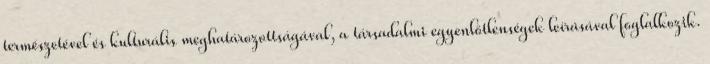
természetével és kulturális meghatározottságával, a társadalmi egyenlőtlenségek leírásával foglalkozik.